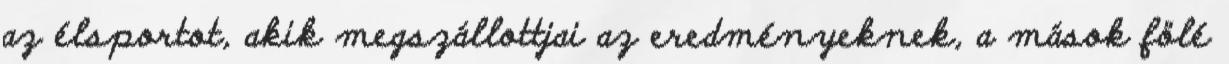
az élsportot, akik megszállottjai az eredményeknek, a mások fölé